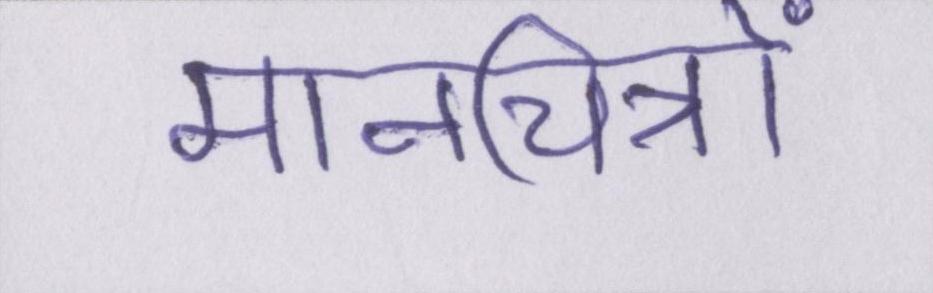
मानचित्रों